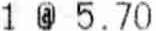
1 @ 5.70